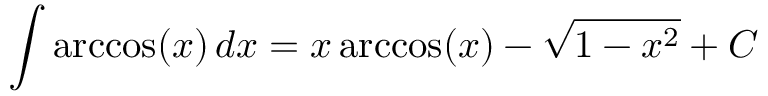
\int \operatorname { a r c c o s } ( x ) \, d x = x \operatorname { a r c c o s } ( x ) - { \sqrt { 1 - x ^ { 2 } } } + C